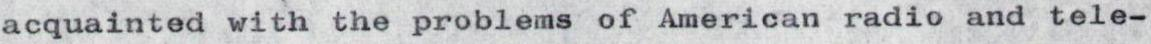
acquainted with the problems of American radio and tele-